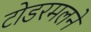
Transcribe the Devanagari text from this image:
टोडरमलने